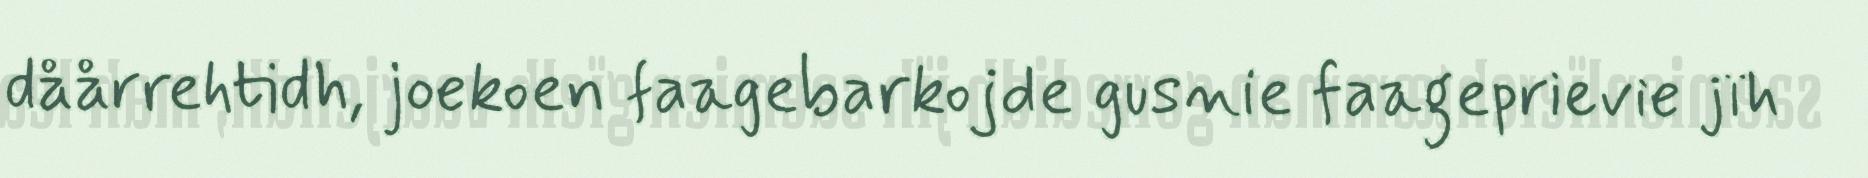
dåårrehtidh, joekoen faagebarkojde gusnie faageprievie jïh